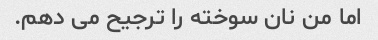
اما من نان سوخته را ترجیح می دهم.